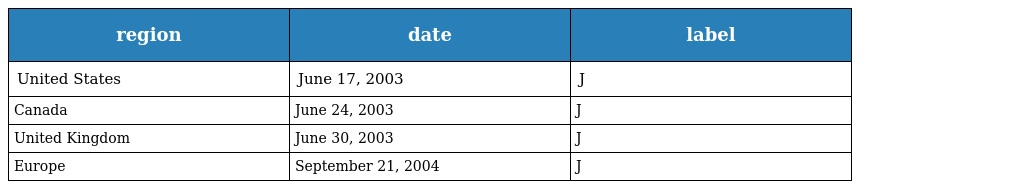
| region | date | label |
 | --- | --- | --- |
 | United States | June 17, 2003 | J |
 | Canada | June 24, 2003 | J |
 | United Kingdom | June 30, 2003 | J |
 | Europe | September 21, 2004 | J |